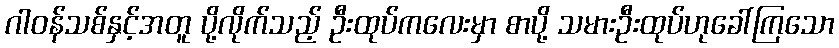
ဂါဝန်သစ်နှင့်အတူ ပို့လိုက်သည့် ဦးထုပ်ကလေးမှာ စာပို့ သမားဦးထုပ်ဟုခေါ်ကြသော